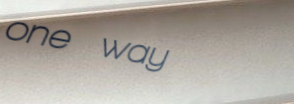
one way